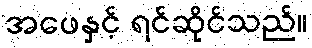
အဖေနှင့် ရင်ဆိုင်သည်။